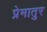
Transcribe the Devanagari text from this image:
प्रेमातुर